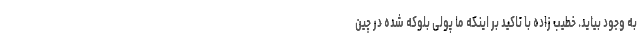
به وجود بیاید. خطیب زاده با تاکید بر اینکه ما پولی بلوکه شده در چین